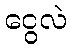
ငွေလဲ